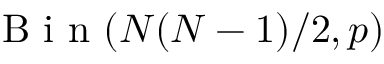
\mathrm { ~ B ~ i ~ n ~ } ( N ( N - 1 ) / 2 , p )